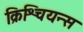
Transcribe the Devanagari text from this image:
क्रिश्चियन्स